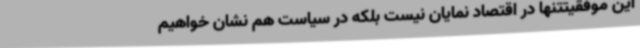
این موفقیتتنها در اقتصاد نمایان نیست بلکه در سیاست هم نشان خواهیم